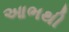
આભથી